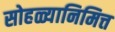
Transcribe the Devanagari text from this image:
सोहळ्यानिमित्त